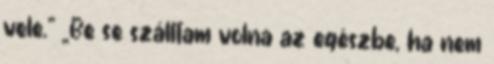
vele.” „Be se szálltam volna az egészbe, ha nem